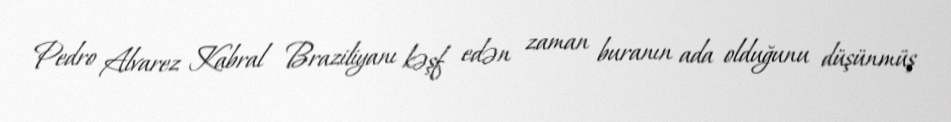
Pedro Alvarez Kabral Braziliyanı kəşf edən zaman buranın ada olduğunu düşünmüş